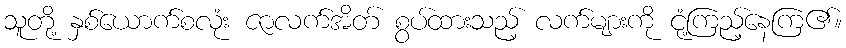
သူတို့ နှစ်ယောက်စလုံး ဇာလက်အိတ် စွပ်ထားသည့် လက်များကို ငုံ့ကြည့်နေကြ၏။